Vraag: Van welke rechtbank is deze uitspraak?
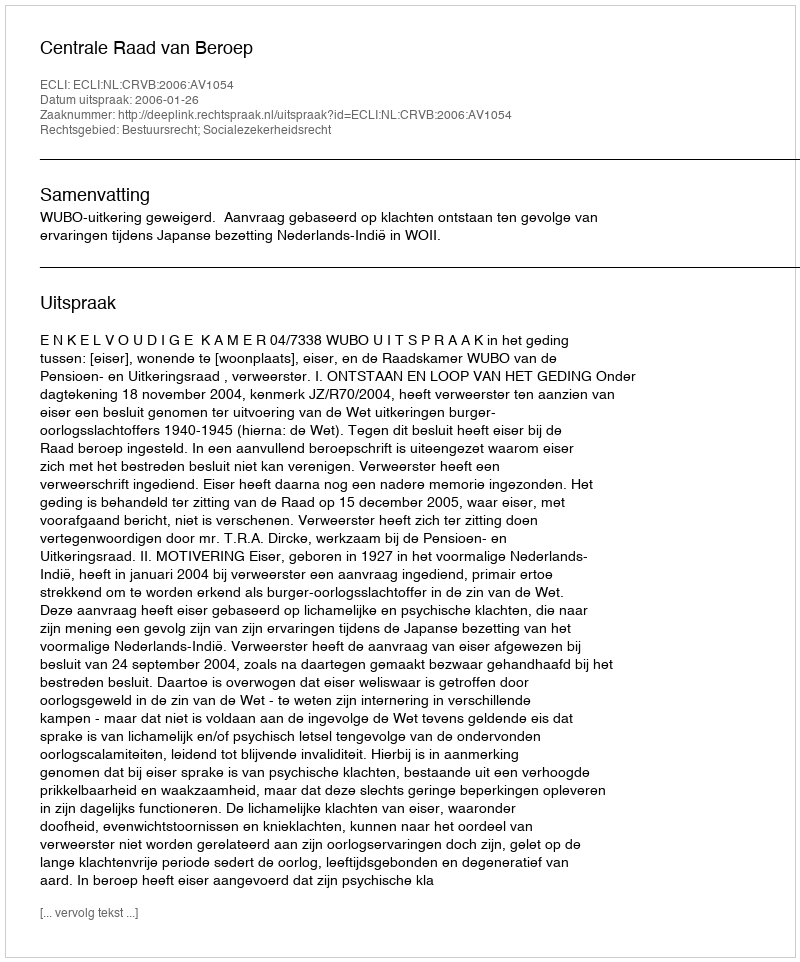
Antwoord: Centrale Raad van Beroep